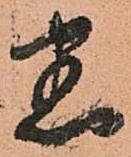
恣